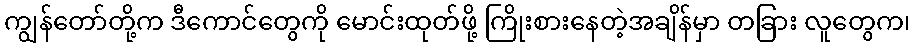
ကျွန်တော်တို့က ဒီကောင်တွေကို မောင်းထုတ်ဖို့ ကြိုးစားနေတဲ့အချိန်မှာ တခြား လူတွေက၊